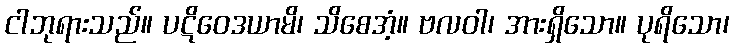
ငါဘုရားသည်။ ပဋိဝေဒယာမိ၊ သိစေအံ့။ ဗလဝါ၊ အားရှိသော။ ပုရိသော၊